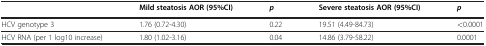
<table><thead><tr><td><b> </b></td><td><b>Mild steatosis AOR (95%CI)</b></td><td><b><i>p</i></b></td><td><b>Severe steatosis AOR (95%CI)</b></td><td><b><i>p</i></b></td></tr></thead><tbody><tr><td>HCV genotype 3</td><td>1.76 (0.72-4.30)</td><td>0.22</td><td>19.51 (4.49-84.73)</td><td>&lt;0.0001</td></tr><tr><td>HCV RNA (per 1 log10 increase)</td><td>1.80 (1.02-3.16)</td><td>0.04</td><td>14.86 (3.79-58.22)</td><td>0.0001</td></tr></tbody></table>